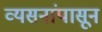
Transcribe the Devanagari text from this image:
व्यसनांपासून